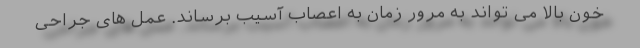
خون بالا می تواند به مرور زمان به اعصاب آسیب برساند. عمل های جراحی